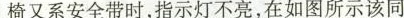
椅又系安全带时，指示灯不亮，在如图所示该同